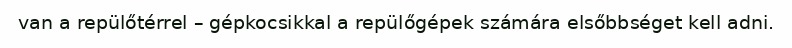
van a repülőtérrel – gépkocsikkal a repülőgépek számára elsőbbséget kell adni.